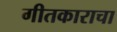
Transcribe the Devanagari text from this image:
गीतकाराचा